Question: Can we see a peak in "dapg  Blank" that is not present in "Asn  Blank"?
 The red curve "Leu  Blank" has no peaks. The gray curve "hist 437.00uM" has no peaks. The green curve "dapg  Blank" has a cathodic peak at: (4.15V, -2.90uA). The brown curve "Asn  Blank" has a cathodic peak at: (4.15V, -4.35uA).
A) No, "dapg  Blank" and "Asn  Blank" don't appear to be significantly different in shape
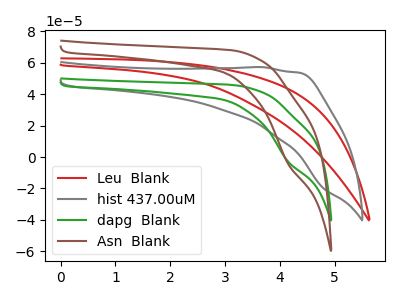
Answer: <think>All the peaks in "dapg  Blank" have a peak in "Asn  Blank" at the same potential. Every peak in "dapg  Blank" is lower than every peak in "Asn  Blank".
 </think>
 <answer>A) No, "dapg  Blank" and "Asn  Blank" don't appear to be significantly different in shape</answer>
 <eval>A</eval>